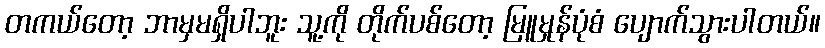
တကယ်တော့ ဘာမှမရှိပါဘူး သူ့ကို တိုက်ပစ်တော့ မြူမှုန်ပုံစံ ပျောက်သွားပါတယ်။